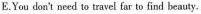
E.You don't need to travel far to find beauty .